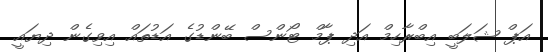
އަޕް ޝަލަބީ އިބްރާހިމް އަދި ޕާމް ޓޯންސް ބޭންޑުގެ އަޑުތައް އިވިގެން ދިޔައީ